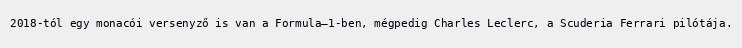
2018-tól egy monacói versenyző is van a Formula–1-ben, mégpedig Charles Leclerc, a Scuderia Ferrari pilótája.